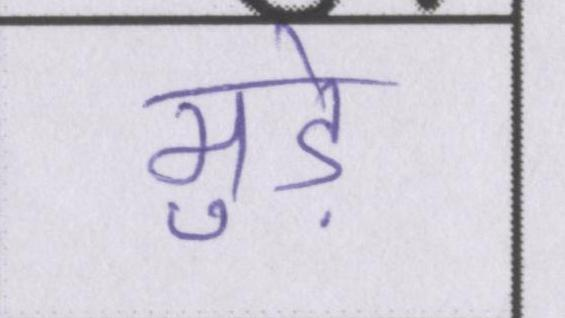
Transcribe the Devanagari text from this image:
मुड़े